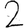
Digit: 2